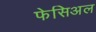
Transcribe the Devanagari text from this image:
फेसिअल